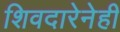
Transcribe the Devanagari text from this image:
शिवदारेनेही